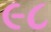
૯૮